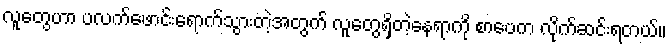
လူတွေဟာ ပလက်ဖောင်းရောက်သွားတဲ့အတွက် လူတွေရှိတဲ့နေရာကို စာပေက လိုက်ဆင်းရတယ်။